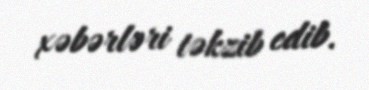
xəbərləri təkzib edib.